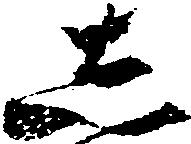
し